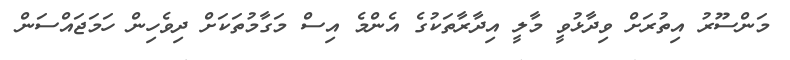
މަންސޫރު އިތުރަށް ވިދާޅުވީ މާލީ އިދާރާތަކުގެ އެންމެ އިސް މަގާމުތަކަށް ދިވެހިން ހަމަޖައްސަން